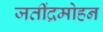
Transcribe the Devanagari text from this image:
जतींद्रमोहन